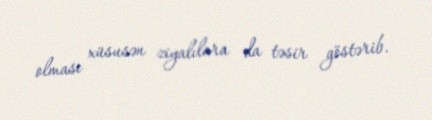
olması xüsusən ziyalılara da təsir göstərib.